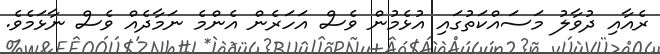
ރެއާއި ދުވާލު މަސައްކަތުގައި އުޅެމުން ވެސް އަހަރެން އެންމެ ނަމާދެއް ވެސް ނާޅަމެވެ.